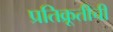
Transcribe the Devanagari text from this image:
प्रतिक्रूतीची